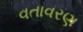
વતાવરણ